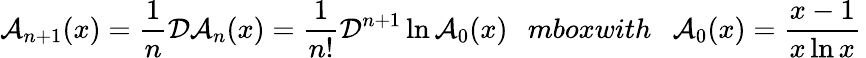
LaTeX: {\cal A}_{n+1}(x)=\frac{1}{n}{\cal D}{\cal A}_{n}(x)=\frac{1}{n!}{\cal D}^{n+1}\ln{\cal A}_{0}(x)\; \; \, mbox{with}\ \ \ {\cal A}_{0}(x)=\frac{x-1}{x\ln x}\,